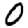
Digit: 0